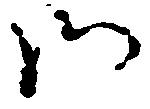
師